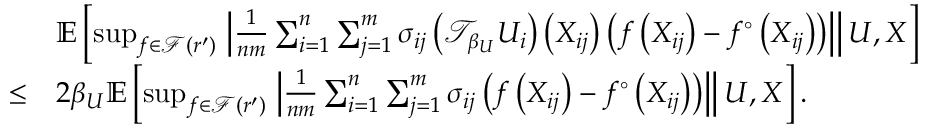
\begin{array} { r l } & { \mathbb { E } \left[ \operatorname* { s u p } _ { f \in \mathcal { F } ( r ^ { \prime } ) } \left. \left| \frac { 1 } { n m } \sum _ { i = 1 } ^ { n } \sum _ { j = 1 } ^ { m } \sigma _ { i j } \left( \mathcal { T } _ { \beta _ { U } } U _ { i } \right) \left( X _ { i j } \right) \left( f \left( X _ { i j } \right) - f ^ { \circ } \left( X _ { i j } \right) \right) \right| \right| U , X \right] } \\ { \leq } & { 2 \beta _ { U } \mathbb { E } \left[ \operatorname* { s u p } _ { f \in \mathcal { F } ( r ^ { \prime } ) } \left. \left| \frac { 1 } { n m } \sum _ { i = 1 } ^ { n } \sum _ { j = 1 } ^ { m } \sigma _ { i j } \left( f \left( X _ { i j } \right) - f ^ { \circ } \left( X _ { i j } \right) \right) \right| \right| U , X \right] . } \end{array}